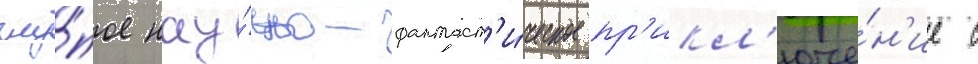
глу́пое нау́чно-фантаст'и́ческое пр'икл'юче́н'ие с